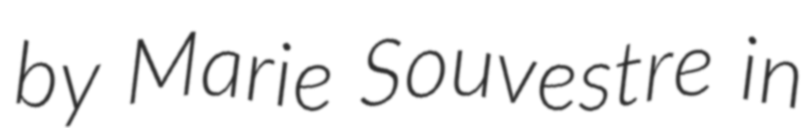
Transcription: by Marie Souvestre in